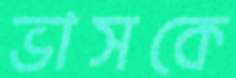
ভাসকে